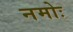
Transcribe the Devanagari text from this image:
नमोः